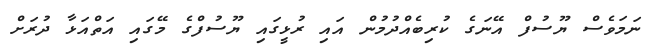
ނަމަވެސް ޔޫސުފް އޭނަގެ ކުރިބެއްދުމުން އައި ރުޅީގައި ޔޫސުފްގެ މޭގައި އަތްއަޅާ ދުރަށް